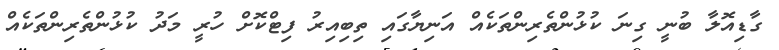
ގާޑިއޮލާ ބުނީ ގިނަ ކުޅުންތެރިންތަކެއް އަނިޔާގައި ތިބިއިރު ފިޓްކޮށް ހުރީ މަދު ކުޅުންތެރިންތަކެއް